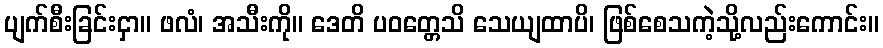
ပျက်စီးခြင်းငှာ။ ဖလံ၊ အသီးကို။ ဒေတိ ပဝတ္တေသိ သေယျထာပိ၊ ဖြစ်စေသကဲ့သို့လည်းကောင်း။